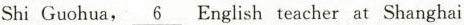
Shi Guohua,\underline{6} English teacher at Shanghai